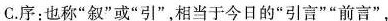
C.序:也称“叙”或“引”,相当于今日的“引言”“前言”,